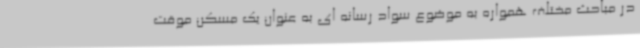
در مباحث مختلف همواره به موضوع سواد رسانه ای به عنوان یک مسکن موقت